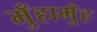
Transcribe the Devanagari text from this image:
मुँहामुँह